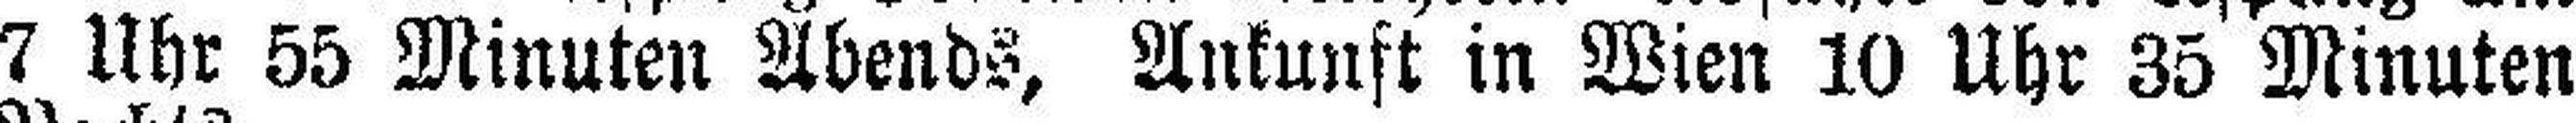
7 Uhr 55 Minuten Abends, Ankunft in Wien 10 Uhr 35 Minuten